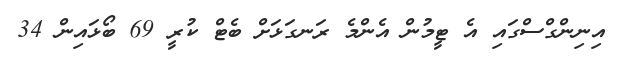
އިނިންގްސްގައި އެ ޓީމުން އެންމެ ރަނގަޅަށް ބެޓް ކުރީ 69 ބޯޅައިން 34